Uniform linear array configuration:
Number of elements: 48
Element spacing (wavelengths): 1
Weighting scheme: kaiser
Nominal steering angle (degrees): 15
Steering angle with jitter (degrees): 14.094
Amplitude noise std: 0.05
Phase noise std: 0.05

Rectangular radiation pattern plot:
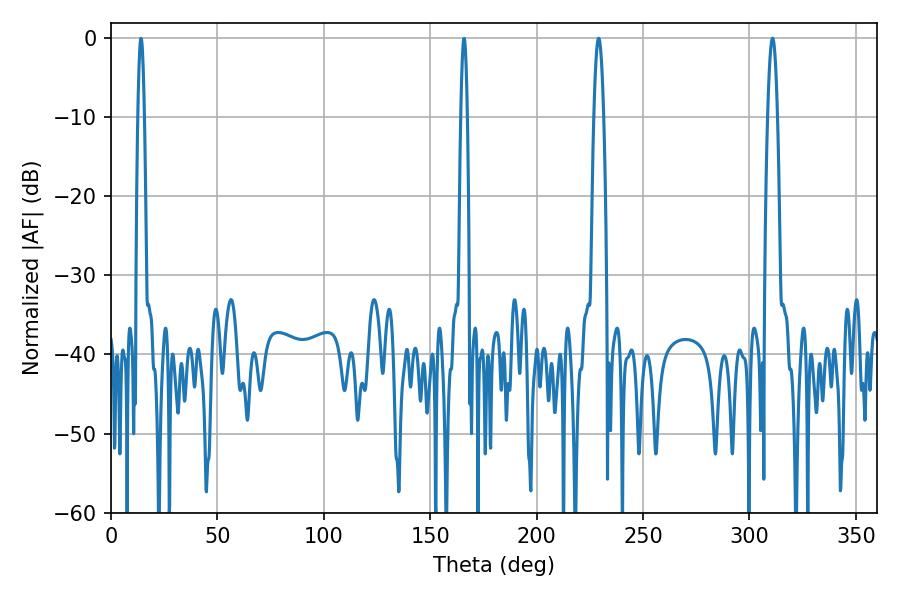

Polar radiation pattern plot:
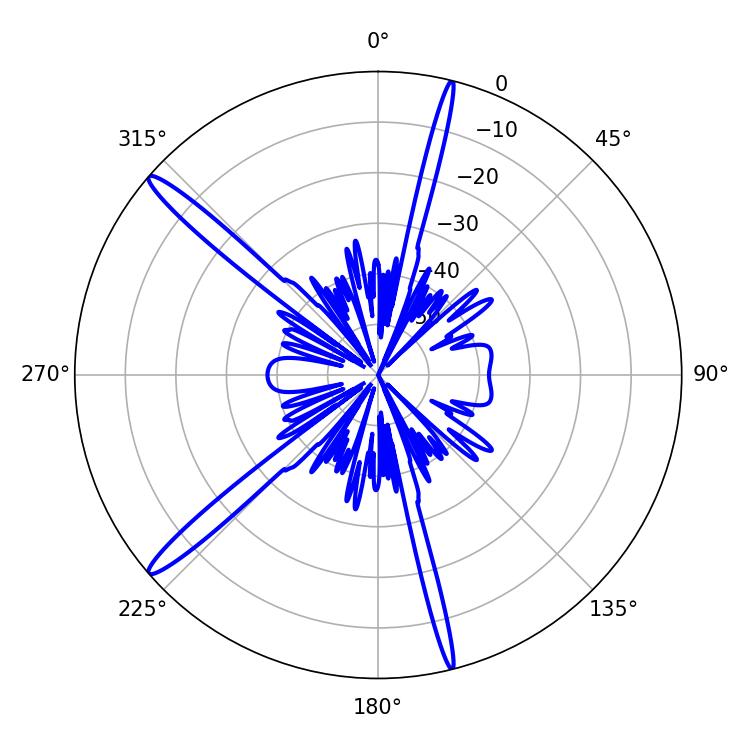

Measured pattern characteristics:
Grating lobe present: TRUE
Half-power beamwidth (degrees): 2.52
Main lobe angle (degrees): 310.86